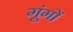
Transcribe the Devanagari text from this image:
गूंगों